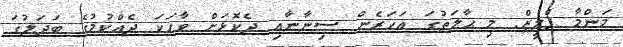
މަންމާ ޕްލީޒް. މި ޙާލަތުގަ އަހަރެން ސިނާނާއި ދެކޮޅަށް ވާހަކަ ދެއްކުމުގެ ބަދަލުގަ